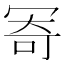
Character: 𠖏